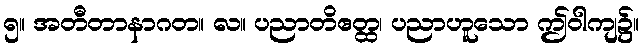
၅။ အတီတာနာဂတ။ လ။ ပညာတိဧတ္ထ၊ ပညာဟူသော ဤဝါကျ၌။